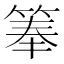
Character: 𬕏